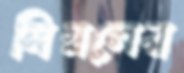
সিম্বলের